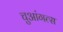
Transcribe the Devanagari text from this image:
चुआंगत्स